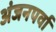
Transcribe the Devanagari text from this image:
अंजनपर्वा